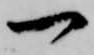
一